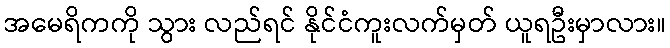
အမေရိကကို သွား လည်ရင် နိုင်ငံကူးလက်မှတ် ယူရဦးမှာလား။